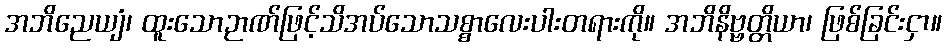
အဘိညေယျံ၊ ထူးသောဉာဏ်ဖြင့်သိအပ်သောသစ္စာလေးပါးတရားကို။ အဘိနိဗ္ဗတ္တိယာ၊ ဖြစ်ခြင်းငှာ။